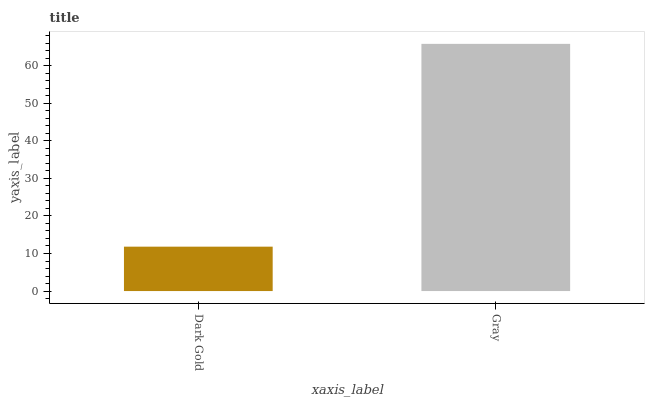
| xaxis_label | bars |
 | --- | --- |
 | Dark Gold | 11.8 |
 | Gray | 65.8 |